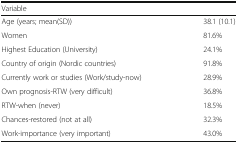
<table><thead><tr><td><b>Variable</b></td><td></td></tr></thead><tbody><tr><td>Age (years; mean(SD))</td><td>38.1 (10.1)</td></tr><tr><td>Women</td><td>81.6%</td></tr><tr><td>Highest Education (University)</td><td>24.1%</td></tr><tr><td>Country of origin (Nordic countries)</td><td>91.8%</td></tr><tr><td>Currently work or studies (Work/study-now)</td><td>28.9%</td></tr><tr><td>Own prognosis-RTW (very difficult)</td><td>36.8%</td></tr><tr><td>RTW-when (never)</td><td>18.5%</td></tr><tr><td>Chances-restored (not at all)</td><td>32.3%</td></tr><tr><td>Work-importance (very important)</td><td>43.0%</td></tr></tbody></table>